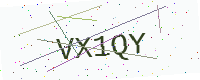
Text: VX1QY